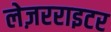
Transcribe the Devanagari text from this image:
लेज़रराइटर